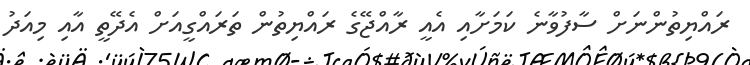
ރައްޔިތުންނަށް ސާފުވާނެ ކަމަށާއި އެއީ ރާއްޖޭގެ ރައްޔިތުން ތަރައްގީއަށް އެދޭތީ އާއި މިއަދު